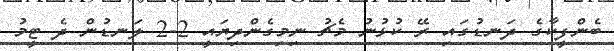
ބެންފީކާގެ ދަނޑުގައި ރޭ ކުޅުނު މެޗު ނިމިގެންދިޔައީ 2-2 ލަނޑުން ދެ ޓީމު